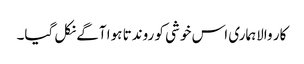
کار والاہماری اس خوشی کو روندتا ہوا آگے نکل گیا۔